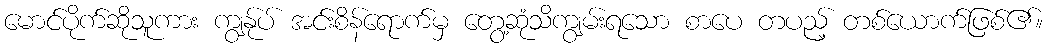
မောင်ပိုက်ဆိုသူကား ကျွန်ုပ် အင်းစိန်ရောက်မှ တွေ့ဆုံသိကျွမ်းရသော စာပေ တပည့် တစ်ယောက်ဖြစ်၏။